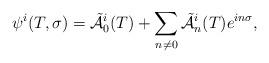
LaTeX: \begin{align*}\psi^{i}(T,\sigma)=\tilde{\cal A}\vphantom{\cal A}_{0}^{i}(T)+\sum_{n\not=0}\tilde{\cal A}\vphantom{\cal A}_{n}^{i}(T)e^{in\sigma} ,\end{align*}